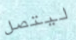
ليتصل